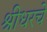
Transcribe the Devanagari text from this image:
श्रीधरचे